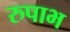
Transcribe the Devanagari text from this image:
रुपाभ